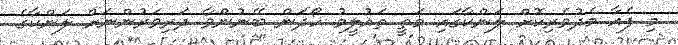
މި ފެއާ މެދުވެރިކޮށް ލަންކާގައި މަތީ ތައުލީމު ހޯދަން ބޭނުންވާ ދަރިވަރުންނަށް ލަންކާގެ